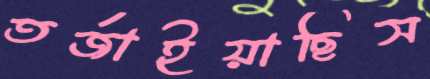
তর্জাইয়াছিস